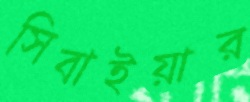
সিবাইয়ার